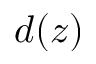
d ( z )